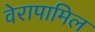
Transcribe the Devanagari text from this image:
वेरापामिल